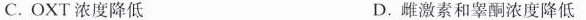
C.OXT浓度降低 D.雌激素和睾酮浓度降低